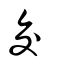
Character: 交